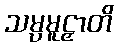
သမ္ပမူဠှာတိ